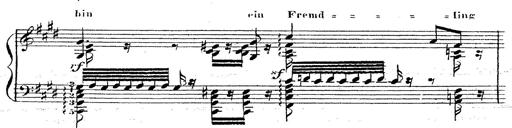
Title: 12 Lieder von Franz Schubert
Composer: Franz Liszt